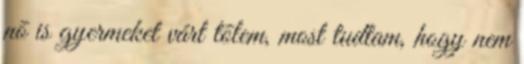
nõ is gyermeket várt tõlem, most tudtam, hogy nem